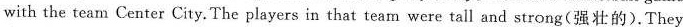
with the team Center City.The players in that team were tall and strong(强壮的).They